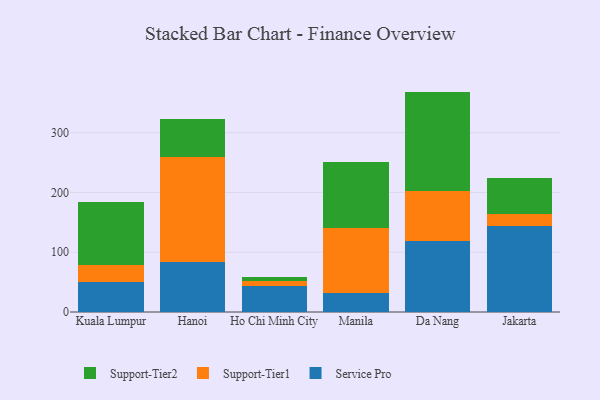
{"axis": {"x": "City", "y": "Conversion Rate (%)"}, "legend": ["Service Pro", "Support-Tier1", "Support-Tier2"], "data": [{"x": "Kuala Lumpur", "y": 50.8, "type": "Service Pro"}, {"x": "Kuala Lumpur", "y": 28.5, "type": "Support-Tier1"}, {"x": "Kuala Lumpur", "y": 104.6, "type": "Support-Tier2"}, {"x": "Hanoi", "y": 84.1, "type": "Service Pro"}, {"x": "Hanoi", "y": 175.3, "type": "Support-Tier1"}, {"x": "Hanoi", "y": 64.3, "type": "Support-Tier2"}, {"x": "Ho Chi Minh City", "y": 42.7, "type": "Service Pro"}, {"x": "Ho Chi Minh City", "y": 9.2, "type": "Support-Tier1"}, {"x": "Ho Chi Minh City", "y": 6.3, "type": "Support-Tier2"}, {"x": "Manila", "y": 31.2, "type": "Service Pro"}, {"x": "Manila", "y": 109.2, "type": "Support-Tier1"}, {"x": "Manila", "y": 111.0, "type": "Support-Tier2"}, {"x": "Da Nang", "y": 118.8, "type": "Service Pro"}, {"x": "Da Nang", "y": 84.1, "type": "Support-Tier1"}, {"x": "Da Nang", "y": 165.8, "type": "Support-Tier2"}, {"x": "Jakarta", "y": 144.5, "type": "Service Pro"}, {"x": "Jakarta", "y": 20.0, "type": "Support-Tier1"}, {"x": "Jakarta", "y": 59.0, "type": "Support-Tier2"}]}